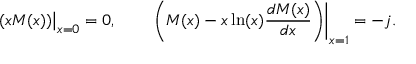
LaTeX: \left. \left( x M ( x ) \right) \right| _ { x = 0 } = 0 , \qquad \left. \left( M ( x ) - x \ln ( x ) \frac { d M ( x ) } { d x } \right) \right| _ { x = 1 } = - j .